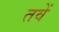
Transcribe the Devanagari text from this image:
तवें